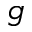
g